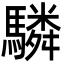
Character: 驎